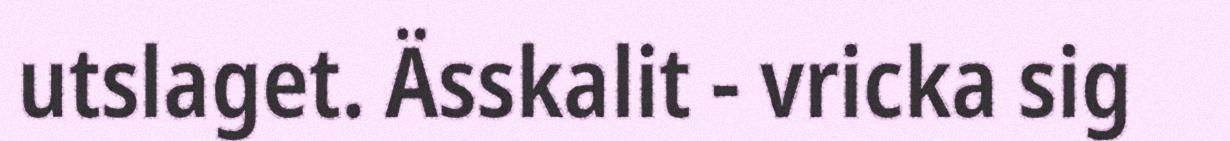
utslaget. Ässkalit - vricka sig